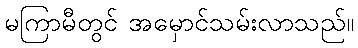
မကြာမီတွင် အမှောင်သမ်းလာသည်။